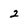
Character: 2